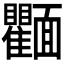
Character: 𩉘